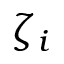
\zeta _ { i }